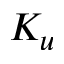
K _ { u }